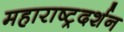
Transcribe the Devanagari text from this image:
महाराष्ट्रदर्शन